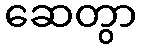
ဆေတွာ